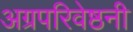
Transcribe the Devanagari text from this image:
अग्रपरिवेष्ठनी